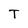
Character: T